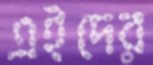
এইদের